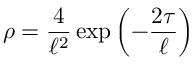
\rho = { \frac { 4 } { \ell ^ { 2 } } } \exp \left( - { \frac { 2 \tau } { \ell } } \right)